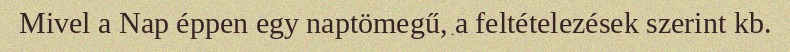
Mivel a Nap éppen egy naptömegű, a feltételezések szerint kb.